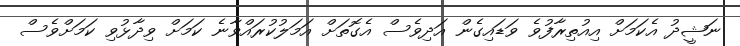
ނަޝީދު އެކަމަށް އިއުތިރާފުވެ ވަޑައިގެން އަދިވެސް އެގޮތަށް އަމަލުކުރައްވާނެ ކަމަށް ވިދާޅުވި ކަމަށްވެސް